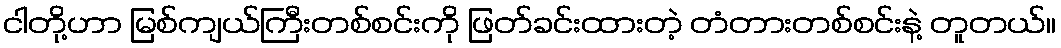
ငါတို့ဟာ မြစ်ကျယ်ကြီးတစ်စင်းကို ဖြတ်ခင်းထားတဲ့ တံတားတစ်စင်းနဲ့ တူတယ်။